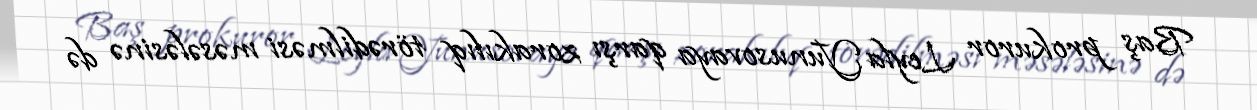
Baş prokuror Leyla Yunusovaya qarşı zorakılıq törədilməsi məsələsinə də